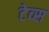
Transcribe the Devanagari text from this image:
टेव्स